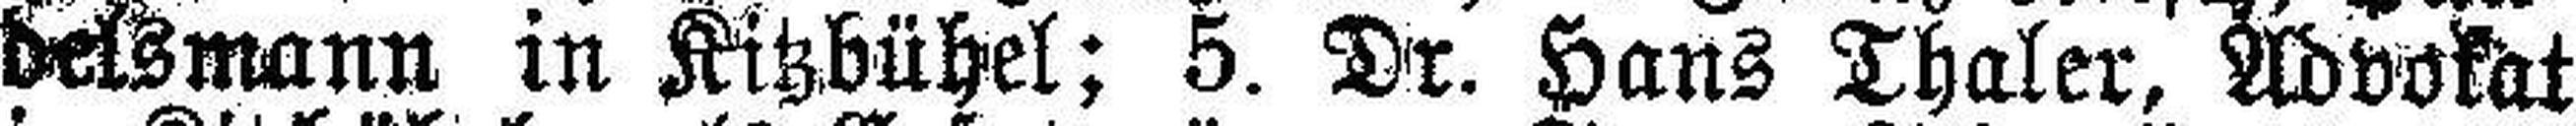
delsmann in Kitzbühel; 5. Dr. Hans Thaler, Advokat